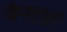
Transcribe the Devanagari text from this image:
जैनमुखी